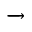
\xrightarrow { }